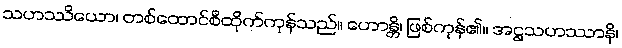
သဟဿိယော၊ တစ်ထောင်စီထိုက်ကုန်သည်။ ဟောန္တိ၊ ဖြစ်ကုန်၏။ အဋ္ဌသဟဿာနိ၊